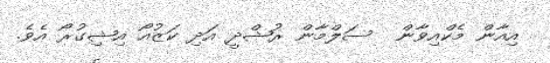
އިއާން މެކްއިވާން  ސަލްމާން ރުޝްދީ އަދި ކަޒުއޯ އިޝިގުރޯ އެވެ.